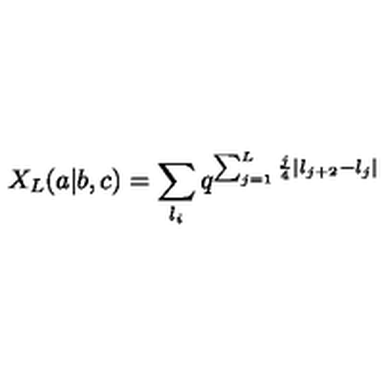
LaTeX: X _ { L } ( a | b , c ) = \sum _ { l _ { i } } q ^ { \sum _ { j = 1 } ^ { L } \frac { j } { 4 } | l _ { j + 2 } - l _ { j } | }